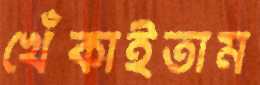
খেঁকাইতাম